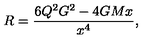
R = \frac { 6 { Q } ^ { 2 } G ^ { 2 } - 4 G M x } { x ^ { 4 } } ,